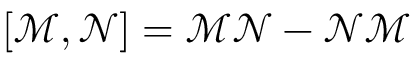
\left[ \mathcal { M } , \mathcal { N } \right] = \mathcal { M } \mathcal { N } - \mathcal { N } \mathcal { M }